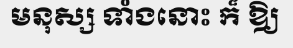
មនុស្ស ទាំងនោះ ក៏ ឱ្យ